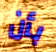
بأن